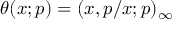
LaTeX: \displaystyle \theta ( x ; p ) = ( x , p / x ; p ) _ { \infty }